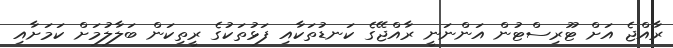
ރާއްޖެ އަށް ޓޫރިސްޓުން އަންނަނީ ރާއްޖޭގެ ކަނޑުތަކާއި ފަޅުތަކުގެ ރީތިކަން ބަލާލުމަށް ކަމަށާއި